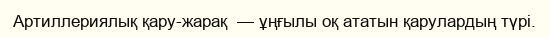
Артиллериялық қару-жарақ  — ұңғылы оқ ататын қарулардың түрі.